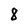
Character: 8